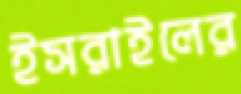
ইসরাইলের